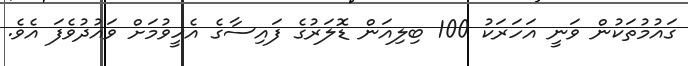
ގައުމުތަކުން ވަނީ އަހަރަކު 100 ބިލިއަން ޑޮލަރުގެ ފައިސާގެ އެހީވުމަށް ވައުދުވެފަ އެވެ.